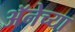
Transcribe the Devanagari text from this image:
अॅनेच्या